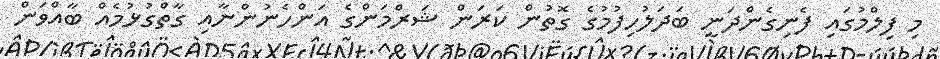
މި ފިލްމުގައި ފެނިގެންދަނީ ބަދަލުހިފުމުގެ ގޮތުން ކަރަން ޝަރްމަންގެ އަންހެނުންނާއި ގާތްގުޅުމެއް ބާއްވަން